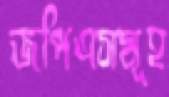
জপিএসমূহ